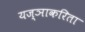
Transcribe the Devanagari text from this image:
यज्ञाकरिता